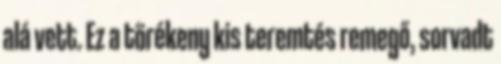
alá vett. Ez a törékeny kis teremtés remegő, sorvadt